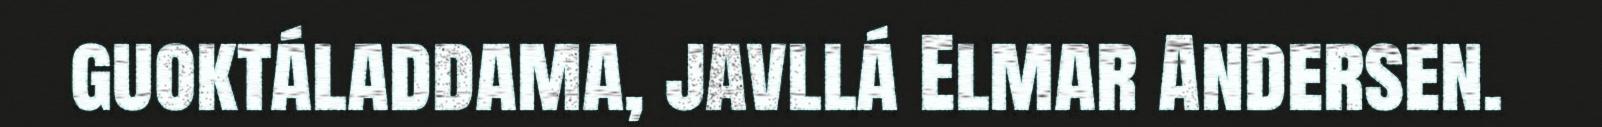
guoktáladdama, javllá Elmar Andersen.